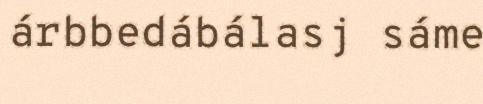
árbbedábálasj sáme